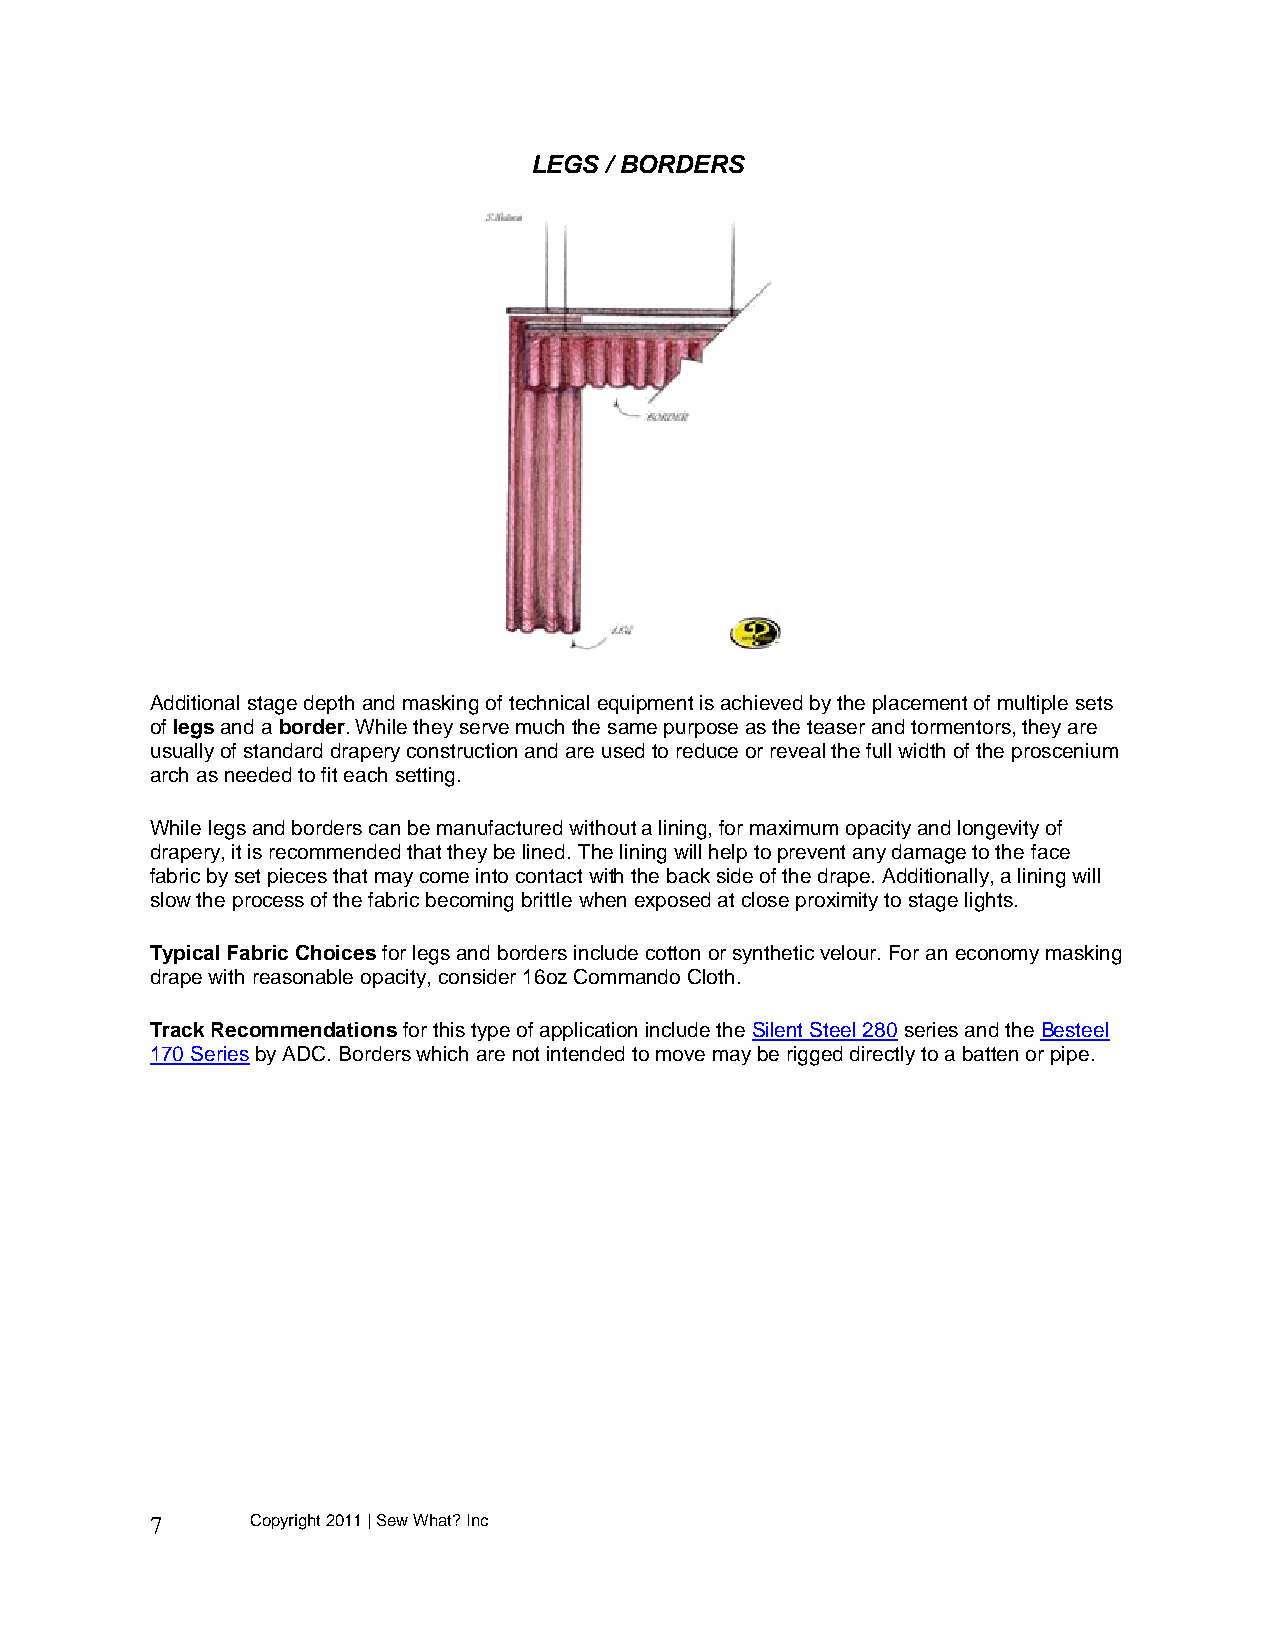
LEGS / BORDERS
 Additional stage depth and masking of technical equipment is achieved by the placement of multiple sets
 of legs and a border. While they serve much the same purpose as the teaser and tormentors, they are
 usually of standard drapery construction and are used to reduce or reveal the full width of the proscenium
 arch as needed to fit each setting.
 While legs and borders can be manufactured without a lining, for maximum opacity and longevity of
 drapery, it is recommended that they be lined. The lining will help to prevent any damage to the face
 fabric by set pieces that may come into contact with the back side of the drape. Additionally, a lining will
 slow the process of the fabric becoming brittle when exposed at close proximity to stage lights.
 Typical Fabric Choices for legs and borders include cotton or synthetic velour. For an economy masking
 drape with reasonable opacity, consider 16oz Commando Cloth.
 Track Recommendations for this type of application include the Silent Steel 280 series and the Besteel
 170 Series by ADC. Borders which are not intended to move may be rigged directly to a batten or pipe.
 7      Copyright 2011 | Sew What? Inc